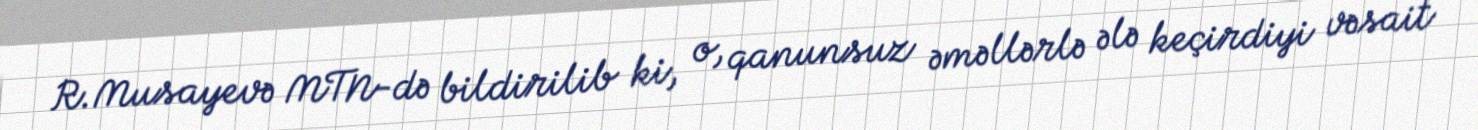
R.Musayevə MTN-də bildirilib ki, o, qanunsuz əməllərlə ələ keçirdiyi vəsait